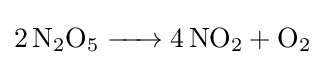
{\ce {2N2O5 -> 4NO2 + O2}}